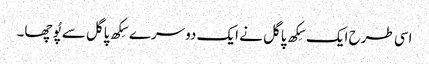
اسی طرح ایک سِکھ پاگل نے ایک دوسرے سِکھ پاگل سے پُوچھا۔